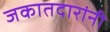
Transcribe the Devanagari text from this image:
जकातदारांनी